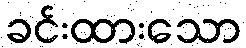
ခင်းထားသော